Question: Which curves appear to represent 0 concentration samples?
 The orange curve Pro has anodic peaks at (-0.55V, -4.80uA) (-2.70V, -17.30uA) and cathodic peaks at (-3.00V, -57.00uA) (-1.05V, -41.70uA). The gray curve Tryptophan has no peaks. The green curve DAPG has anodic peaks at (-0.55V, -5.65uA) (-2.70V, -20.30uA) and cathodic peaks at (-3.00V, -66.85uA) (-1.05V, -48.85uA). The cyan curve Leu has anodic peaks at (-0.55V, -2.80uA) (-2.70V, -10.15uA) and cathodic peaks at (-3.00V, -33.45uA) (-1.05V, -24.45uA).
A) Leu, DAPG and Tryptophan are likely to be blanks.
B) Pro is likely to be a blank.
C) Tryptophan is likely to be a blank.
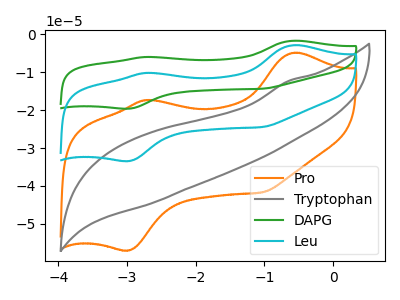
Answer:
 <answer>C) "Tryptophan" is likely to be a blank.</answer>
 <eval>C</eval>